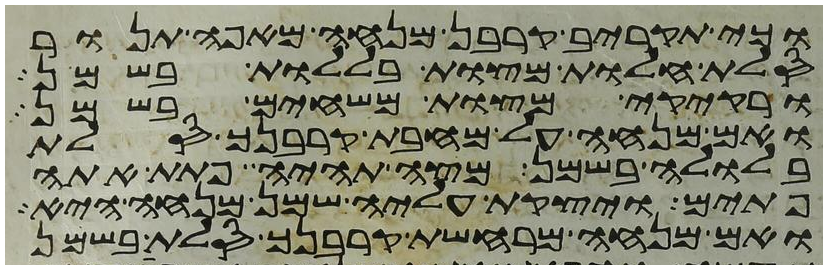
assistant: וכי תקריב קרבן מנחה מאפה תנור
סלת חלות מצות בללות בשמן
ורקיקי מצות משחים בשמן
ואם מנחה על מחבת קרבנך סלת
בלולה בשמן מצה תהיה פתת אתה
פתים ויצקת עליה שמן מנחה היא
ואם מנחה מרחשת קרבנך סלת בשמן